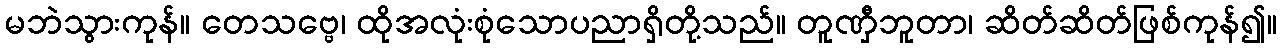
မဘဲသွားကုန်။ တေသဗ္ဗေ၊ ထိုအလုံးစုံသောပညာရှိတို့သည်။ တူဏှီဘူတာ၊ ဆိတ်ဆိတ်ဖြစ်ကုန်၍။